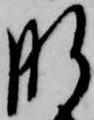
肝